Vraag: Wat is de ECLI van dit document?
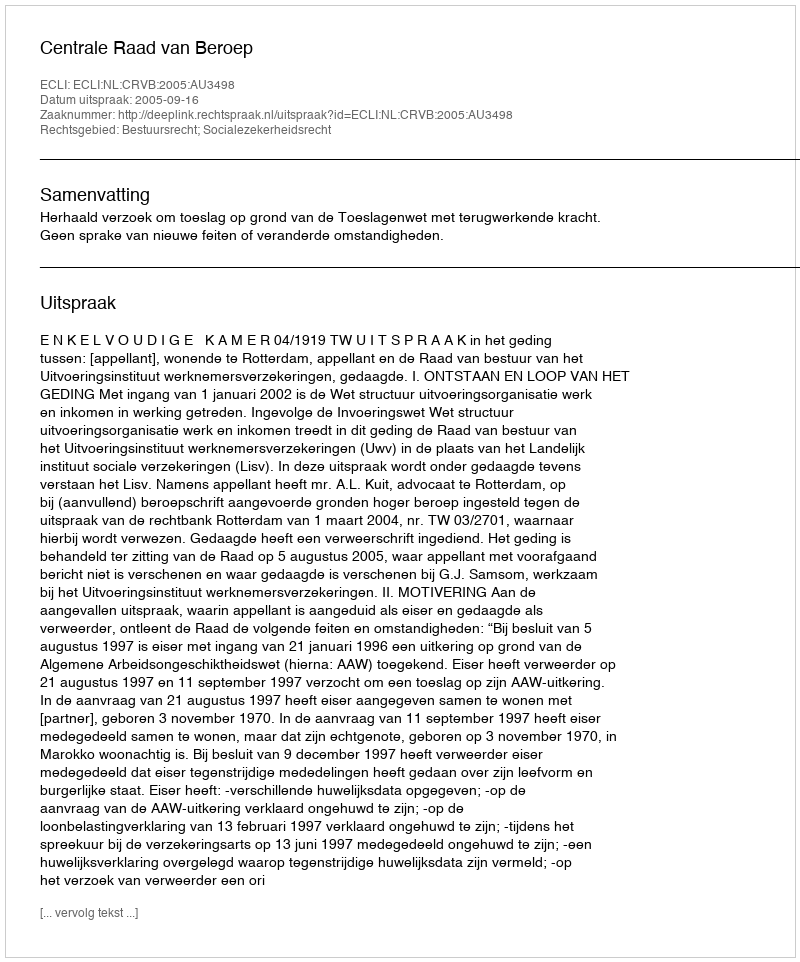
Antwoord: ECLI:NL:CRVB:2005:AU3498